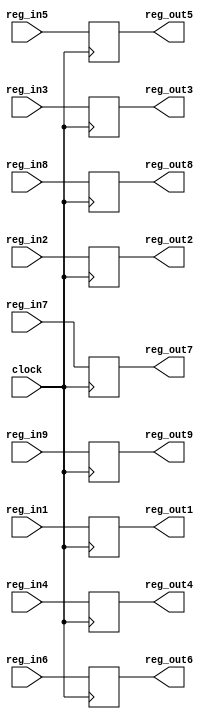
	module reg_dec_ex(reg_out1,reg_out2,reg_out3,reg_out4,
			reg_out5,reg_out6,reg_out7,reg_out8,reg_out9,
		reg_in1,reg_in2,reg_in3,reg_in4,
		reg_in5,reg_in6,reg_in7,reg_in8,reg_in9,clock);
		
		input [0:31] reg_in1;
		input [0:5] reg_in2;
		input [0:5] reg_in3;
		input [0:31] reg_in4;
		input [0:4] reg_in5;
		input reg_in6,reg_in7;
		input [0:31] reg_in8;
		input [0:31] reg_in9;
		input clock;
		
		output [0:31] reg_out1;
		output [0:5] reg_out2;
		output [0:5] reg_out3;
		output [0:31] reg_out4;
		output [0:4] reg_out5;
		output reg_out6,reg_out7;
		output [0:31] reg_out8;
		output [0:31] reg_out9;
		 
		reg [0:31] reg_out1;
		reg [0:5] reg_out2;
		reg [0:5] reg_out3;
		reg [0:31] reg_out4;
		reg [0:4] reg_out5;
		reg reg_out6,reg_out7;
		reg [0:31] reg_out8;
		reg [0:31] reg_out9;

		
		always @ (posedge clock)
		begin 
			reg_out1=reg_in1;
			reg_out2=reg_in2;
			reg_out3=reg_in3;
			reg_out4=reg_in4;
			reg_out5=reg_in5;
			reg_out6=reg_in6;			
			reg_out7=reg_in7;
			reg_out8=reg_in8;
			reg_out9=reg_in9;
		end
	endmodule